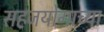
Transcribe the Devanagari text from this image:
सहजयोगाच्या